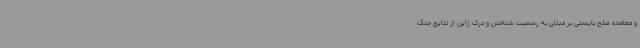
و معاهده صلح بایستی بر مبنای به رسمیت شناختن و درک ژاپن از نتایج جنگ